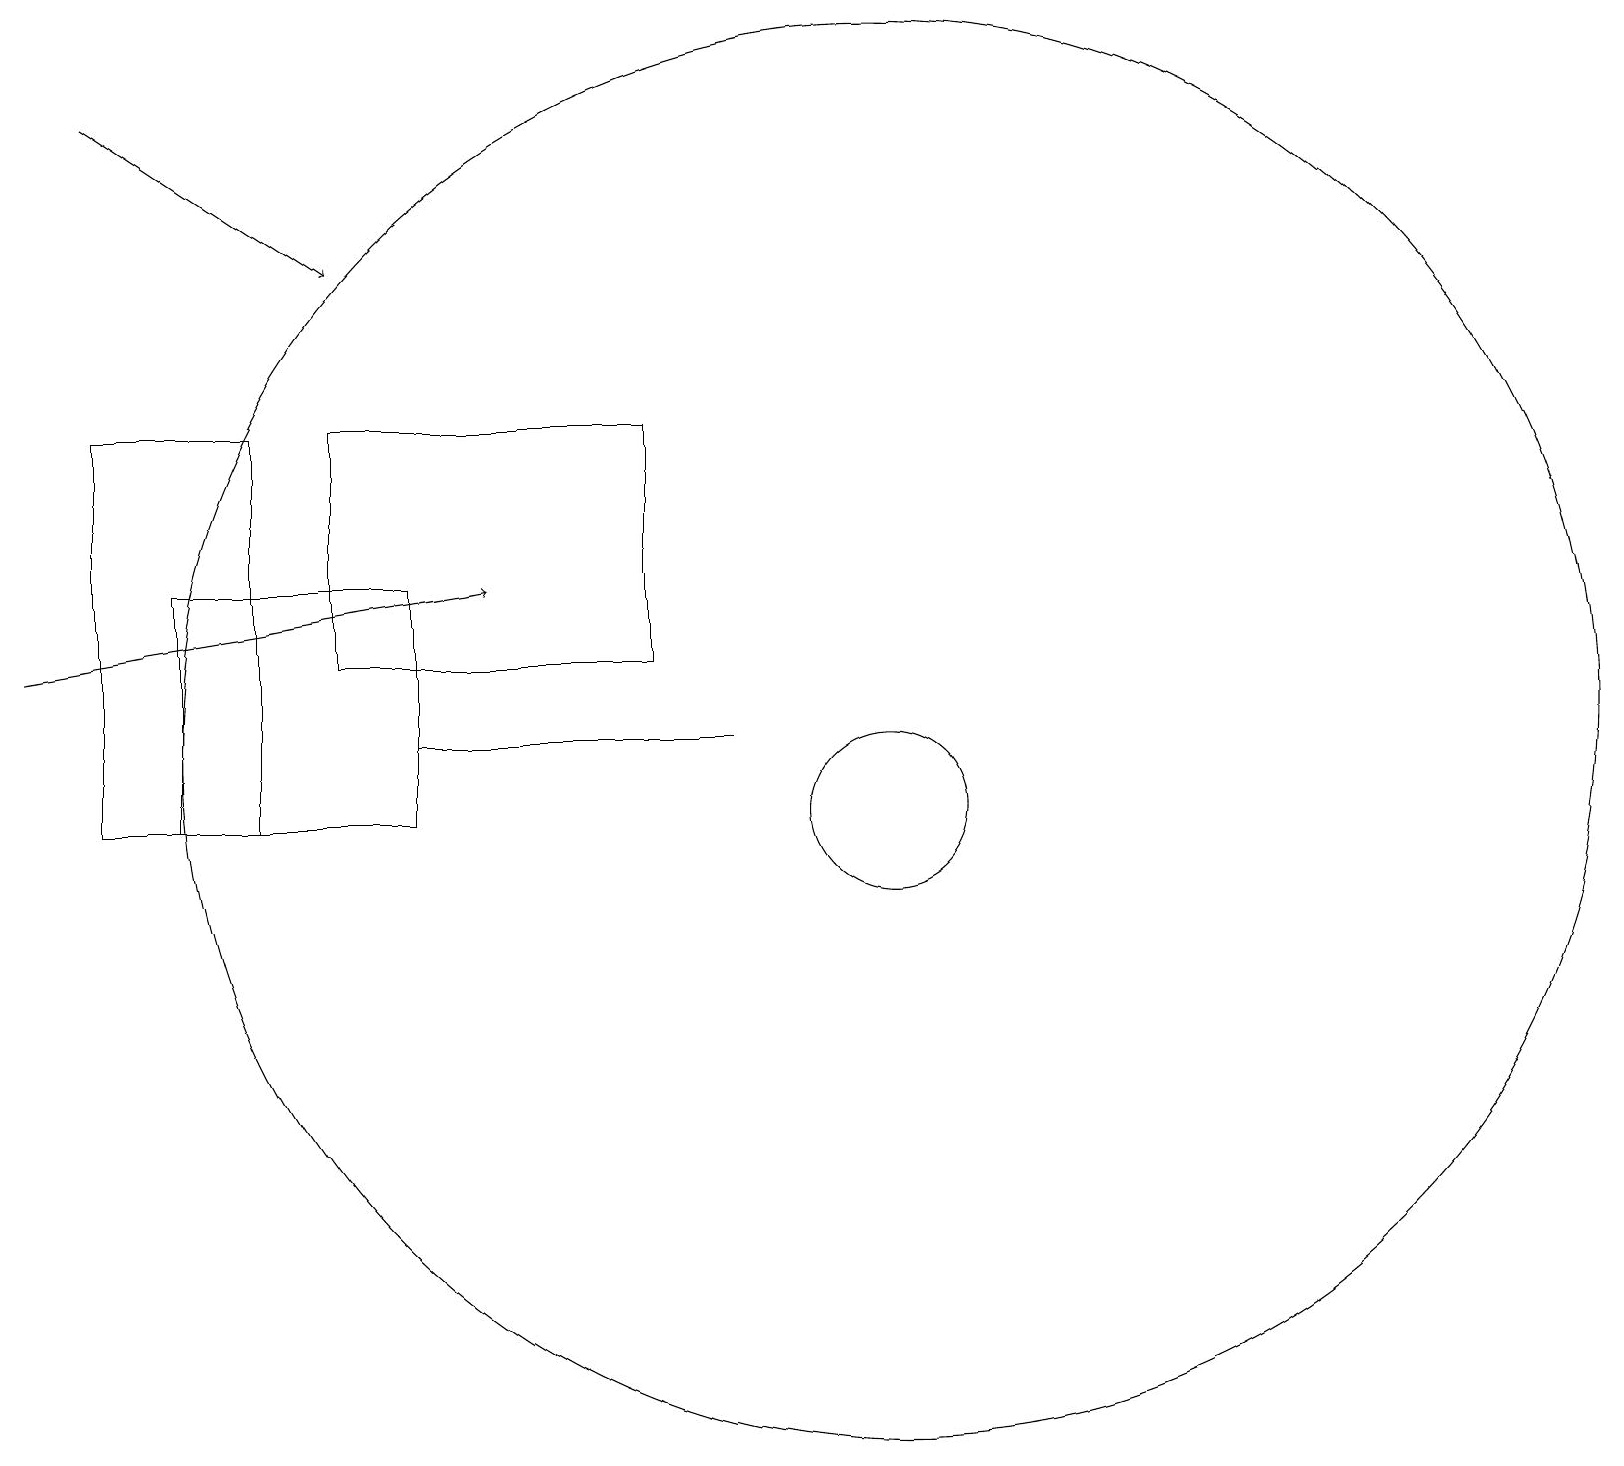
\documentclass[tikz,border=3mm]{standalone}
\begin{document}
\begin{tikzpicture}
\draw[->] (1,19) -- (4,17);
\draw (11,10) circle (1);
\draw (2,10) rectangle (5,13);
\draw[->] (0,12) -- (6,13);
\draw (1,15) rectangle (3,10);
\draw (11,11) circle (9);
\draw (4,15) rectangle (8,12);
\draw (5,11) rectangle (9,11);
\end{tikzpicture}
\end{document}